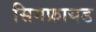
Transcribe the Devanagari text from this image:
सिगफ्रायड